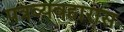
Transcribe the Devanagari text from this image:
पत्रव्यवहारास